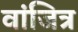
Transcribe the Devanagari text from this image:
वांजित्र